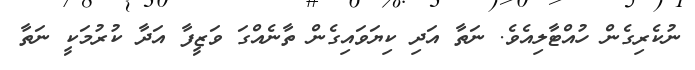
ނުކެރިގެން ހުއްޓާލިއެވެ. ނަތާ އަދި ކިޔަވައިގެން ތާނެއްގަ ވަޒީފާ އަދާ ކުރުމަކީ ނަތާ